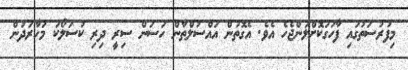
މިފުރުސަތުގައި ފާހަގަކޮށްލަންޖެހެ އެވެ. އެގޮތުން އައްސުލްޠާން ހަސަން ސިރީ ދިރި ކުސަލޯކަ މަހާރަދުން